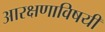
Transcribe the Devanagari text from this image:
आरक्षणाविषयी